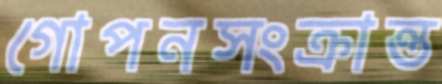
গোপনসংক্রান্ত